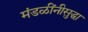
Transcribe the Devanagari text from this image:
मंडळींनीसुद्धा